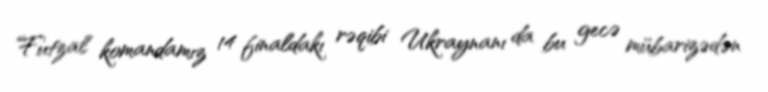
Futzal komandamız 14 finaldakı rəqibi Ukraynanı da bu gecə mübarizədən